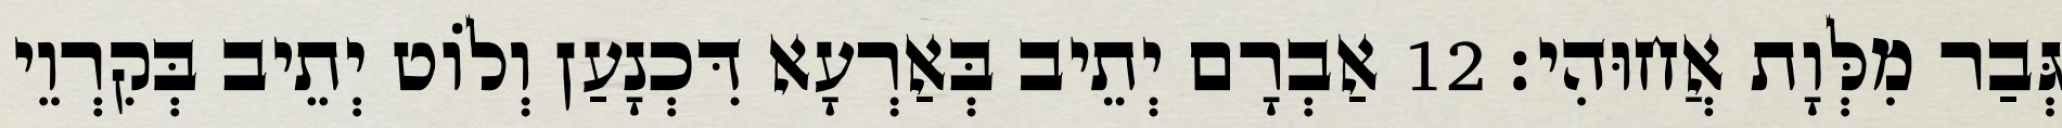
גְּבַר מִלְּוָת אֲחוּהִי׃ 12 אַבְרָם יְתֵיב בְּאַרְעָא דִּכְנָעַן וְלוֹט יְתֵיב בְּקִרְוֵי